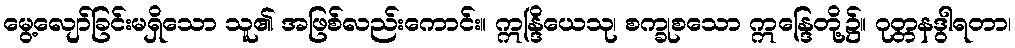
မွေ့လျော်ခြင်းမရှိသော သူ၏ အဖြစ်လည်းကောင်း။ ဣန္ဒြိယေသု၊ စက္ခုစသော ဣန္ဒြေတို့၌။ ဂုတ္တနဒွါရတာ၊